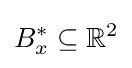
B_{x}^{*}\subseteq \mathbb {R} ^{2}